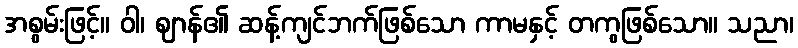
အစွမ်းဖြင့်။ ဝါ၊ ဈာန်၏ ဆန့်ကျင်ဘက်ဖြစ်သော ကာမနှင့် တကွဖြစ်သော။ သညာ၊